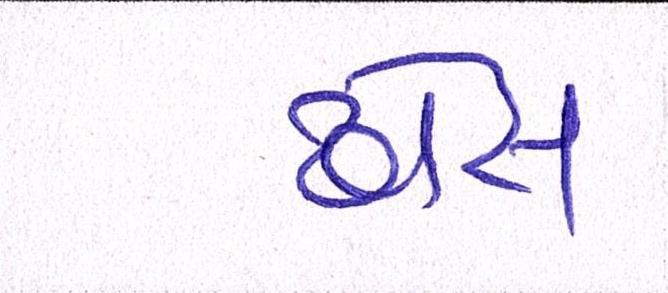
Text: ઢોસ